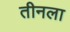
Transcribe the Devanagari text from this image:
तीनला